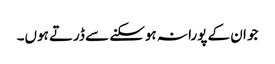
جو ان کے پورا نہ ہوسکنے سے ڈرتے ہوں۔